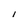
Character: I